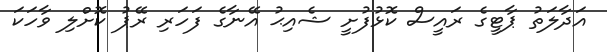
އަދާލަތު ޕާޓީގެ ރައީސް ކޮޅުފުށީ ޝެއިޙު އޭނާގެ ފަހަރި ރޭޕު ކޮށްލި ވާހަކަ